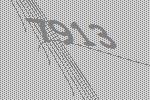
7913